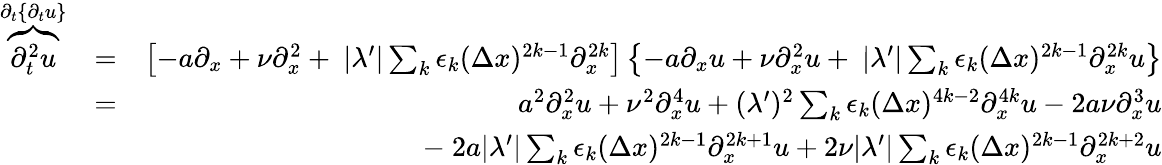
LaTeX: \begin{array}{rlr}{\overbrace{\partial_{t}^{2}u}^{\partial_{t}\{ \partial_{t}u\} }}&{=}&{\left[-a\partial_{x}+\nu\partial_{x}^{2}+\ |\lambda^{\prime}|\sum_{k}\epsilon_{k}(\Delta x)^{2k-1}\partial_{x}^{2k}\right]\left\{ -a\partial_{x}u+\nu\partial_{x}^{2}u+\ |\lambda^{\prime}|\sum_{k}\epsilon_{k}(\Delta x)^{2k-1}\partial_{x}^{2k}u\right\} }\\ &{=}&{a^{2}\partial_{x}^{2}u+\nu^{2}\partial_{x}^{4}u+(\lambda^{\prime})^{2}\sum_{k}\epsilon_{k}(\Delta x)^{4k-2}\partial_{x}^{4k}u-2a\nu\partial_{x}^{3}u}\\ &{}&{-\ 2a|\lambda^{\prime}|\sum_{k}\epsilon_{k}(\Delta x)^{2k-1}\partial_{x}^{2k+1}u+2\nu|\lambda^{\prime}|\sum_{k}\epsilon_{k}(\Delta x)^{2k-1}\partial_{x}^{2k+2}u}\end{array}